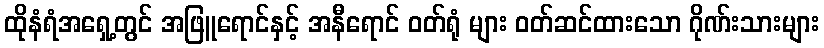
ထိုနံရံအရှေ့တွင် အဖြူရောင်နှင့် အနီရောင် ဝတ်ရုံ များ ဝတ်ဆင်ထားသော ဂိုဏ်းသားများ